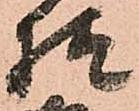
様